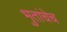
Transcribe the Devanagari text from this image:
भुतांचेच